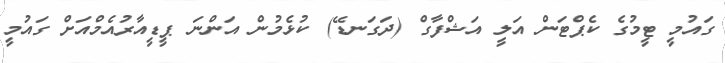
ގައުމީ ޓީމުގެ ކެޕްޓަން އަލީ އަޝްފާގް (ދަގަނޑޭ) ކުޅެމުން އަންނަ ޕީޑީއާރުއެމްއަށް ގައުމީ